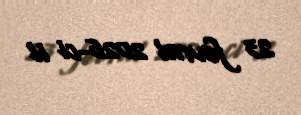
23 fevral 2026-ci il